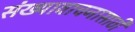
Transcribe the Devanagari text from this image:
संख्यावाचनासाठी